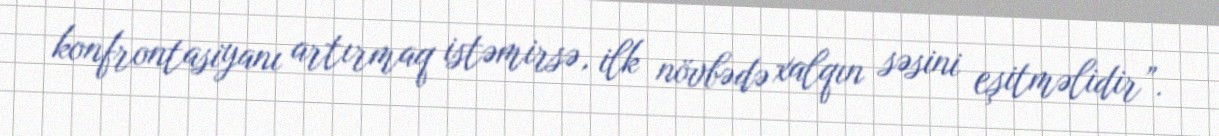
konfrontasiyanı artırmaq istəmirsə, ilk növbədə xalqın səsini eşitməlidir”.